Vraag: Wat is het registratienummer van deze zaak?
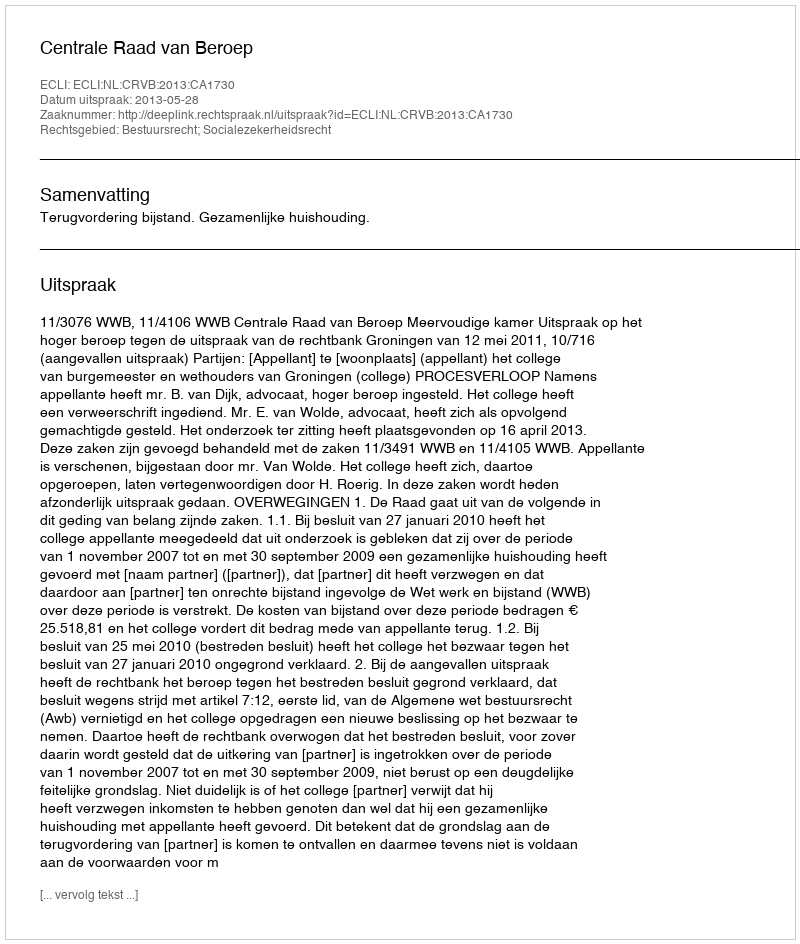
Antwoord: http://deeplink.rechtspraak.nl/uitspraak?id=ECLI:NL:CRVB:2013:CA1730